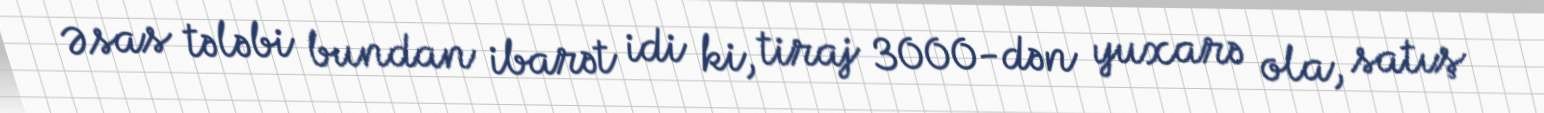
Əsas tələbi bundan ibarət idi ki, tiraj 3000-dən yuxarə ola, satış